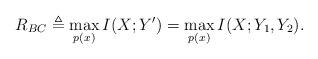
LaTeX: \begin{align*}R_{BC} \triangleq \max_{p(x)} I(X; Y') = \max_{p(x)} I(X; Y_1,Y_2).\end{align*}